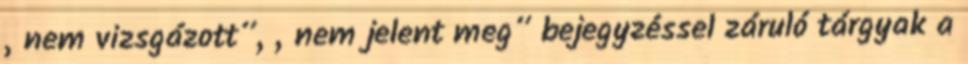
„nem vizsgázott”, „nem jelent meg” bejegyzéssel záruló tárgyak a